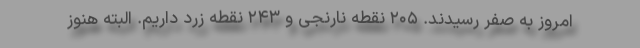
امروز به صفر رسیدند. ۲۰۵ نقطه نارنجی و ۲۴۳ نقطه زرد داریم. البته هنوز